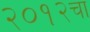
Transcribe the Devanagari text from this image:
२०१२चा